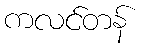
ကလင်တန်